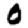
Digit: 0